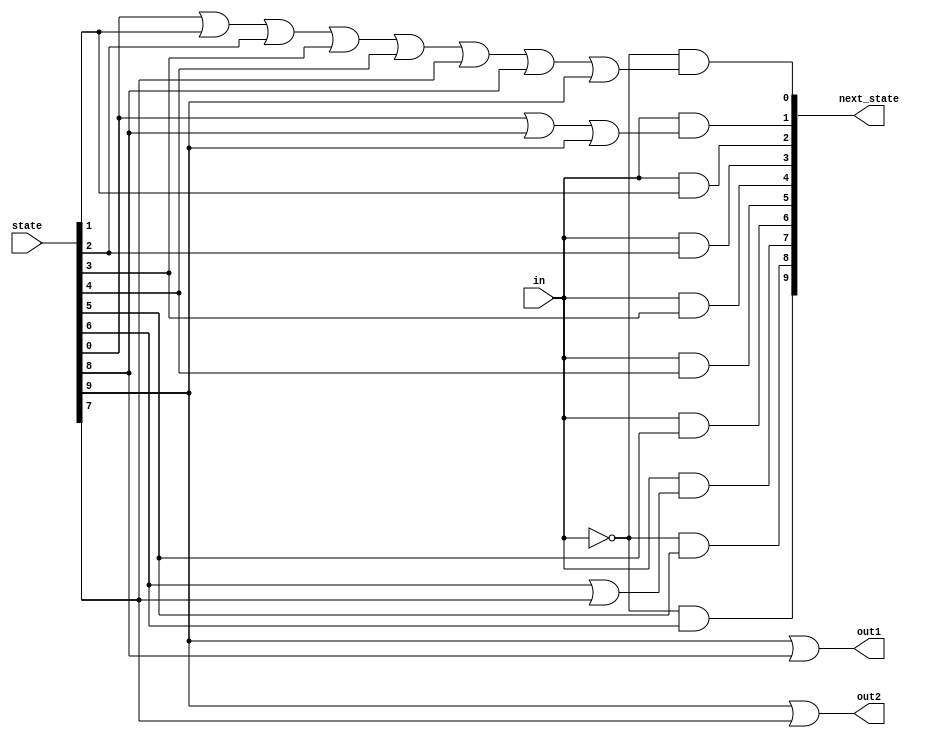
module top_module(
    input in,
    input [9:0] state,
    output [9:0] next_state,
    output out1,
    output out2);
    
    parameter A=0, B=1, C=2, D=3, E=4, F=5, G=6, H=7, I=8, J=9;
    assign next_state[A] = ~in & (state[A] | state[B] | state[C] | state[D] | state[E] | state[H] | state[I] | state[J]);
    assign next_state[B] = in & (state[A] | state[I] | state[J]);
    assign next_state[C] = in & state[B];
    assign next_state[D] = in & state[C];
    assign next_state[E] = in & state[D];
    assign next_state[F] = in & state[E];
    assign next_state[G] = in & state[F];
    assign next_state[H] = in & (state[G] | state[H]);
    assign next_state[I] = ~in & state[F];
    assign next_state[J] = ~in & state[G];
    
    assign out1 = state[J] | state[I];
    assign out2 = state[J] | state[H];

endmodule